Annual administration report of the Civil Veterinary Department, Sind - 1938-1939
Year: 1938
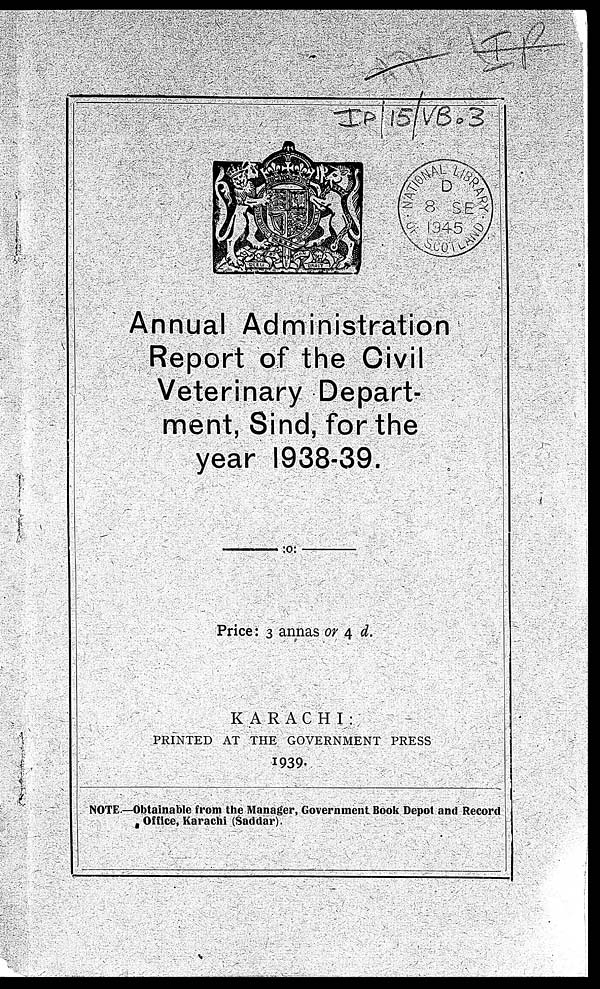
Annual Administration
Report of the Civil
Veterinary Depart-
ment, Sind, for the
year 1938-39.
Price: 3 annas or 4 d.
K A R A C H I :
PRINTED AT THE GOVERNMENT PRESS
1939.
NOTE—Obtainable from the Manager, Government Book Depot and Record
Office, Karachi (Saddar).